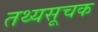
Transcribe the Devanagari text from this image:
तथ्यसूचक